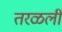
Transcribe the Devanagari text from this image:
तरळली